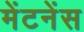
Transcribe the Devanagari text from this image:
मेंटनेंस